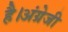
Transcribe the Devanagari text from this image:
है।अंग्रेजी